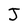
Character: j